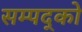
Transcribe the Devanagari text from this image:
सम्पद्को